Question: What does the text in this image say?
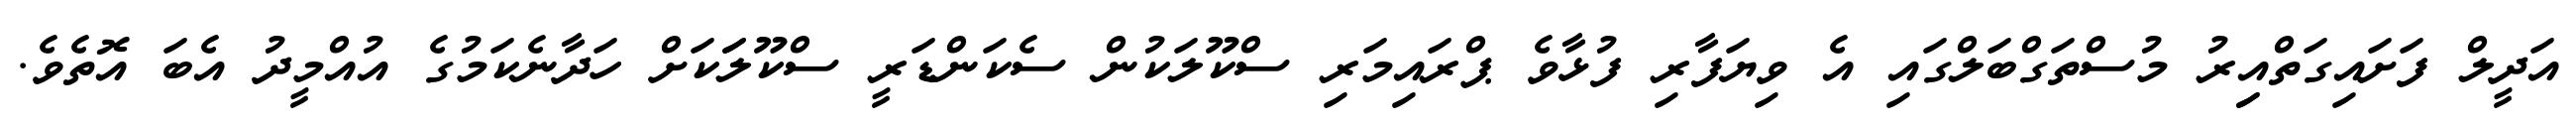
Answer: އަދީލް ފަށައިގަތްއިިރު މުސްތަގްބަލްގައި އެ ވިޔަފާރި ފުޅާވެ ޕްރައިމަރި ސްކޫލަކުން ސެކަންޑަރީ ސްކޫލަަކަށް ހަދާނެކަމުގެ އުއްމީދު އެބަ އޮތެވެ.